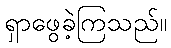
ရှာဖွေခဲ့ကြသည်။